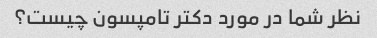
نظر شما در مورد دکتر تامپسون چیست؟